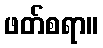
ဖတ်စရာ။